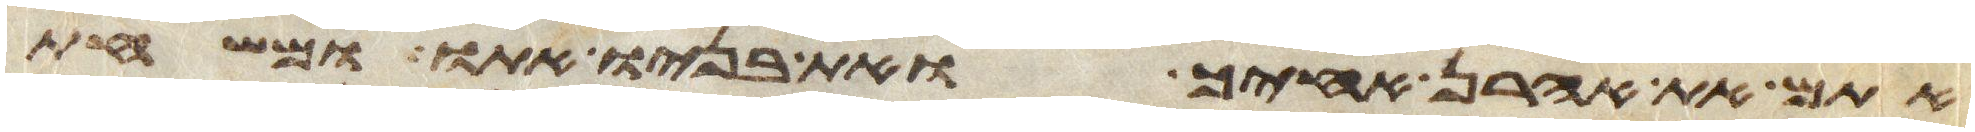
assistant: אתם את אהרן אחיך ואת בניו אתו ומשחת